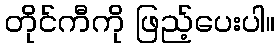
တိုင်ကီကို ဖြည့်ပေးပါ။